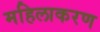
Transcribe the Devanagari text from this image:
महिलाकरण